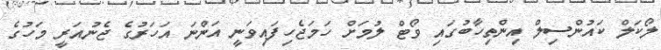
ލޯކަލް ކައުންސިލް އިންތިހާބުގައި ވޯޓް ލުމަށް ހަމަޖެހިފައިވަނީ އަންނަ އަހަރުގެ ޖެނުއަރީ މަހުގެ